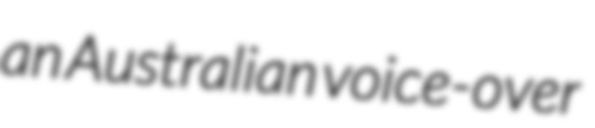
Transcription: an Australian voice-over